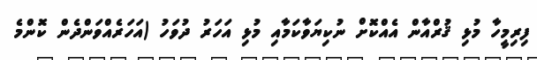
ފިރިމީހާ މުޅި ޤުރްއާން އެއްކޮށް ނުކިޔަވާކަމާއި މުޅި އަހަރު ދުވަހު (އަހަރެއްވަންދެން ކޮންމެ